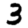
Digit: 3